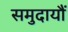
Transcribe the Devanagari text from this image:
समुदायौं